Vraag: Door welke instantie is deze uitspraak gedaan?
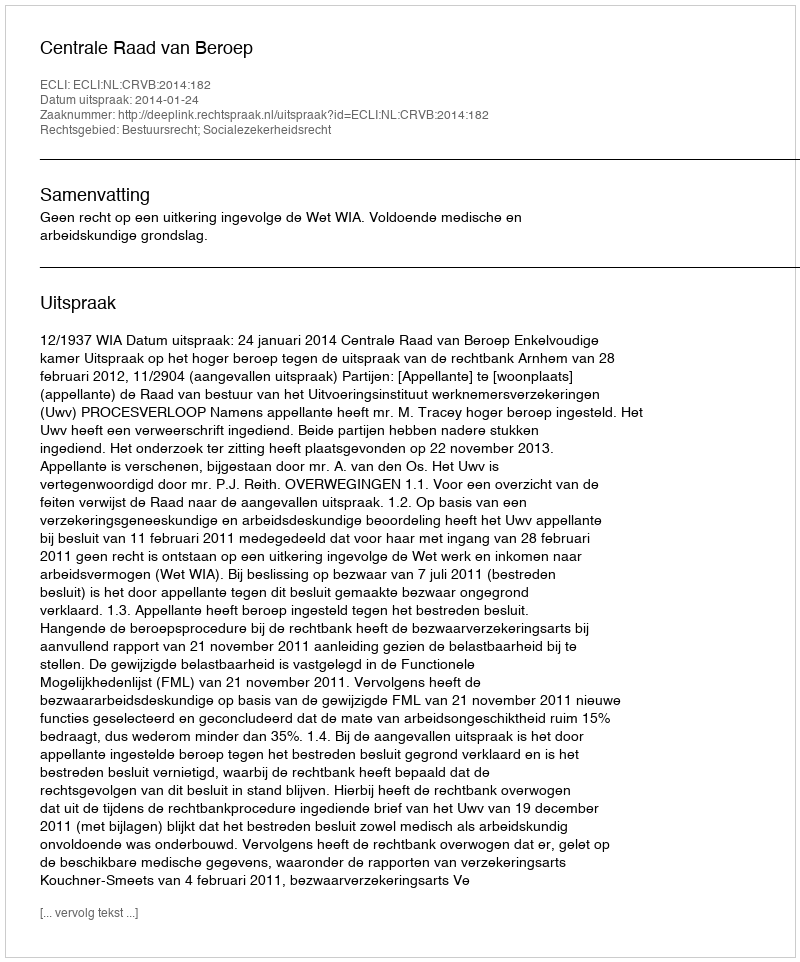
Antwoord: Centrale Raad van Beroep